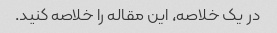
در یک خلاصه، این مقاله را خلاصه کنید.